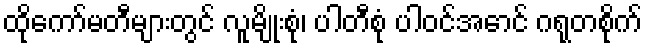
ထိုကော်မတီများတွင် လူမျိုးစုံ၊ ပါတီစုံ ပါဝင်အောင် ဂရုတစိုက်